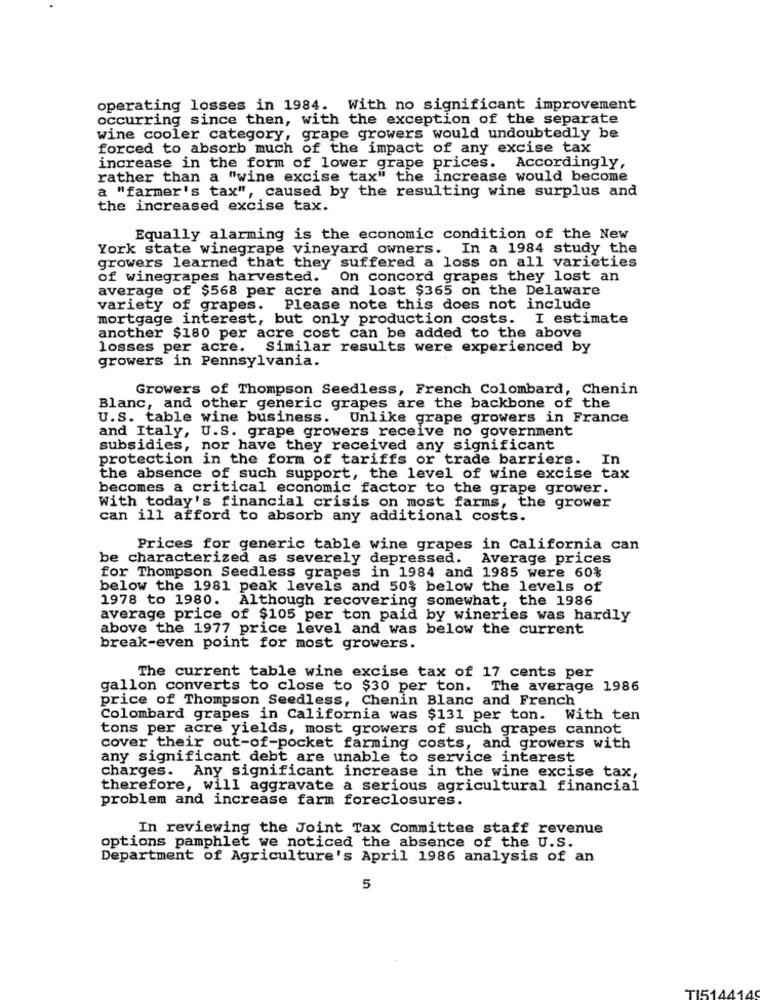
operating losses in 1984. With no significant improvement
occurring since then, with the exception of the separate
wine cooler category, grape growers would undoubtedly be
forced to absorb much of the impact of any excise tax
increase in the form of lower grape prices. Accordingly,
rather than a "wine excise tax" the increase would become
a "farmer's tax", caused by the resulting wine surplus and
the increased excise tax.
Equally alarming is the economic condition of the New
York state winegrape vineyard owners. In a 1984 study the
growers learned that they suffered a loss on all varieties
of winegrapes harvested. On concord grapes they lost an
average of $568 per acre and lost $365 on the Delaware
variety of grapes. Please note this does not include
mortgage interest, but only production costs. I estimate
another $180 per acre cost can be added to the above
losses per acre. Similar results were experienced by
growers in Pennsylvania.
Growers of Thompson Seedless, French Colombard, Chenin
Blanc, and other generic grapes are the backbone of the
U.S. table wine business. Unlike grape growers in France
and Italy, U.S. grape growers receive no government
subsidies, nor have they received any significant
protection in the form of tariffs or trade barriers. In
the absence of such support, the level of wine excise tax
becomes a critical economic factor to the grape grower.
With today's financial crisis on most farms, the grower
can ill afford to absorb any additional costs.
Prices for generic table wine grapes in California can
be characterized as severely depressed. Average prices
for Thompson Seedless grapes in 1984 and 1985 were 60%
below the 1981 peak levels and 50% below the levels of
1978 to 1980.
Although recovering somewhat, the 1986
average price of $105 per ton paid by wineries was hardly
above the 1977 price level and was below the current
break-even point for most growers.
The current table wine excise tax of 17 cents per
gallon converts to close to $30 per ton. The average 1986
price of Thompson Seedless, Chenin Blanc and French
Colombard grapes in California was $131 per ton. With ten
tons per acre yields, most growers of such grapes cannot
cover their out-of-pocket farming costs, and growers with
any significant debt are unable to service interest
charges. Any significant increase in the wine excise tax,
therefore, will aggravate a serious agricultural financial
problem and increase farm foreclosures.
In reviewing the Joint Tax Committee staff revenue
options pamphlet we noticed the absence of the U.S.
Department of Agriculture's April 1986 analysis of an
5
TI5